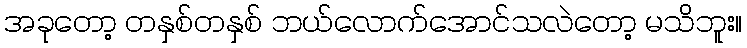
အခုတော့ တနှစ်တနှစ် ဘယ်လောက်အောင်သလဲတော့ မသိဘူး။